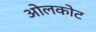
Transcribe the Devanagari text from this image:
ओलकोट